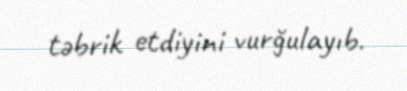
təbrik etdiyini vurğulayıb.